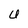
Character: U